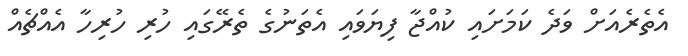
އެތެރެއަށް ވަދެ ކަމަށައި ކުއްޖާ ފިޔަވައި އެތަނުގެ ތެރޭގައި ހުރި ހުރިހާ އެއްޗެއް